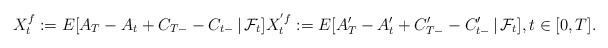
LaTeX: \begin{align*}X^{f}_t := E[A_T-A_t +C_{T-} -C_{t-} \,\vert \, {\cal F}_t ] X^{' f}_t := E[A'_T-A'_t +C'_{T-} -C'_{t-} \,\vert \, {\cal F}_t ], t\in[0,T]. \end{align*}